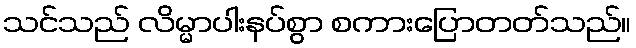
သင်သည် လိမ္မာပါးနပ်စွာ စကားပြောတတ်သည်။